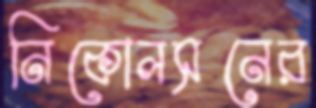
নিকোলসনের